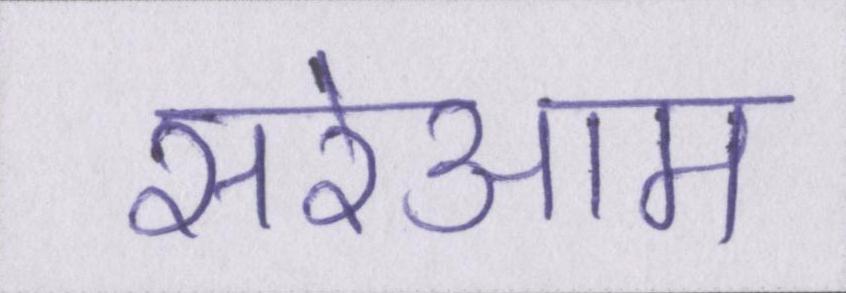
सरेआम